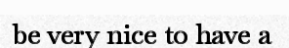
be very nice to have a